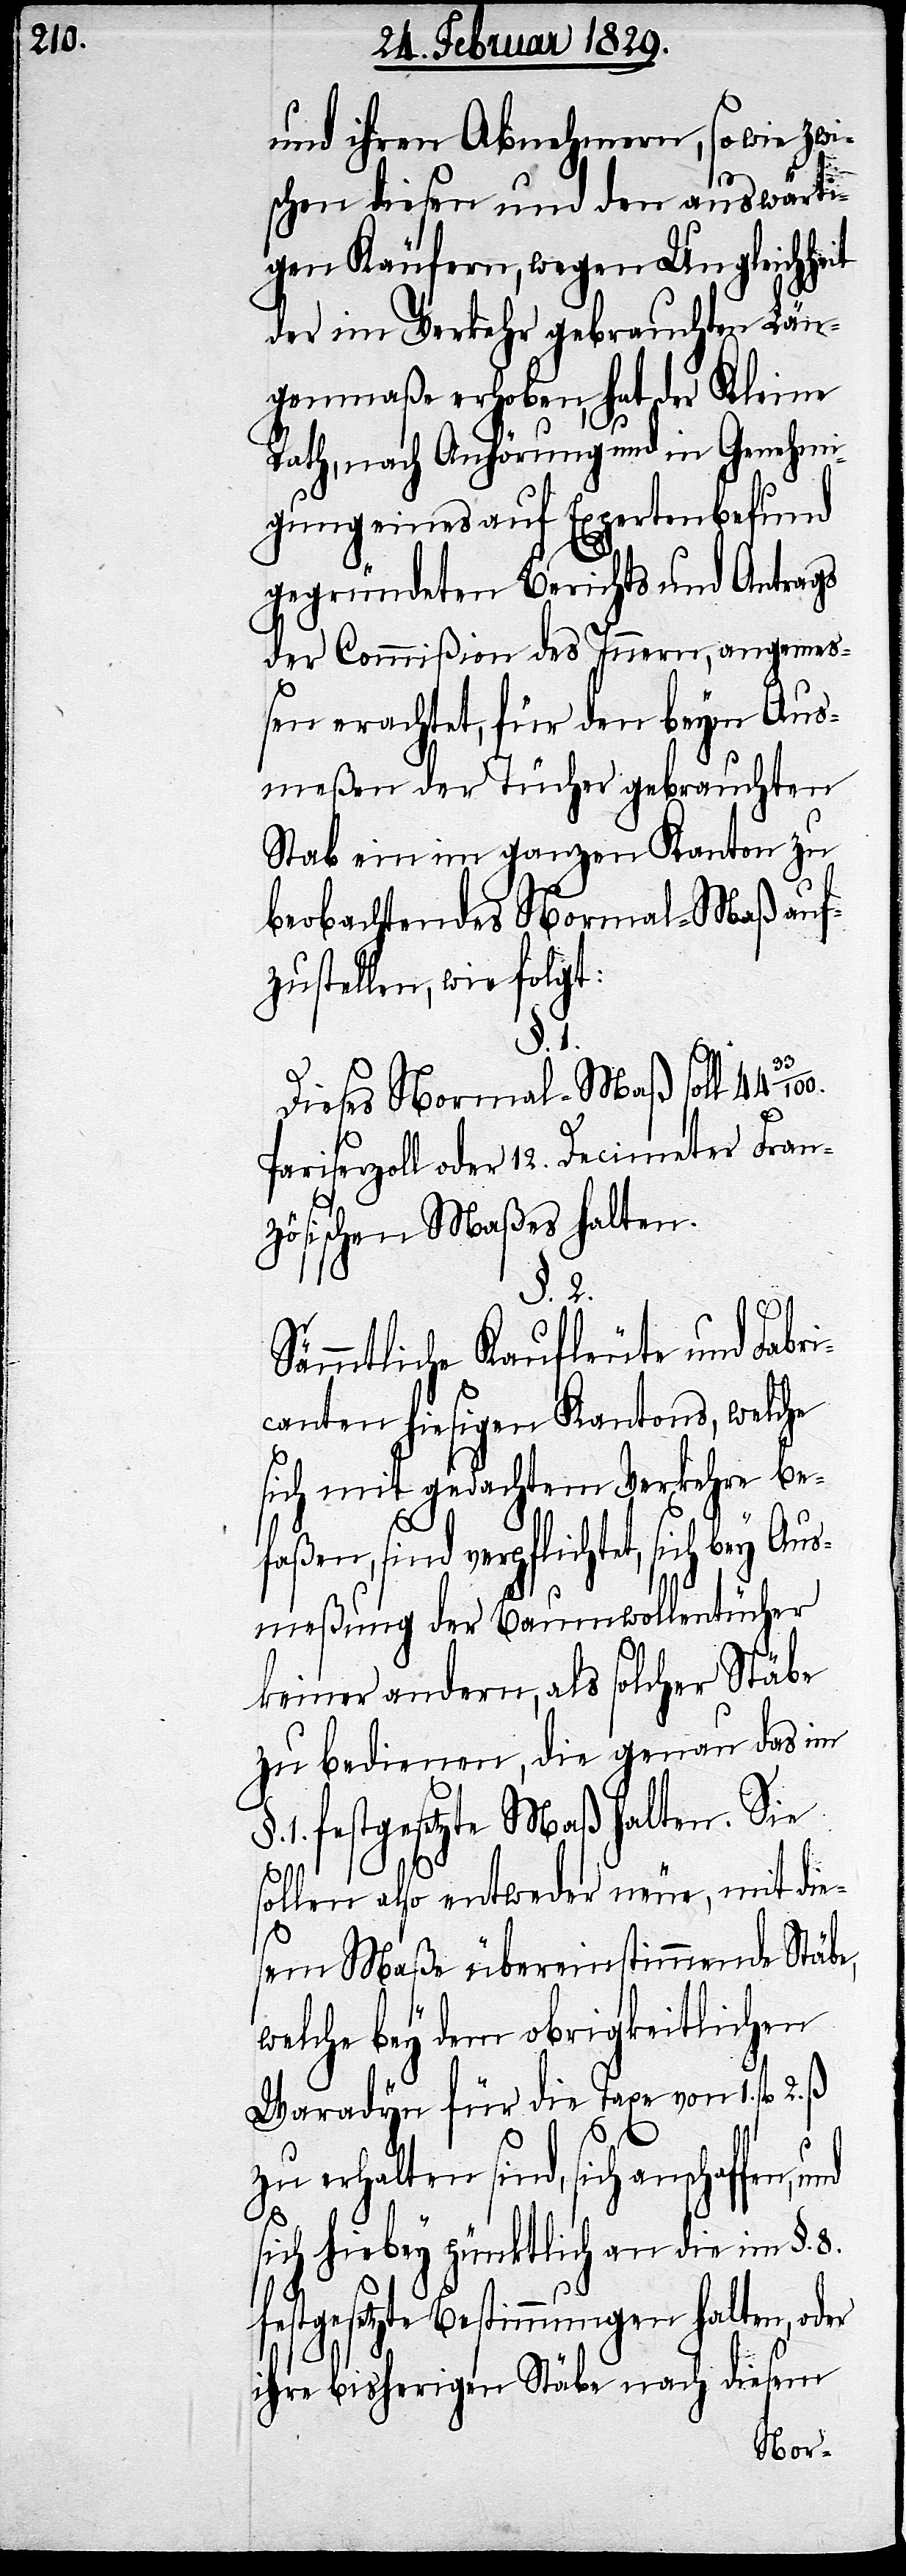
und ihren Abnehmern, sowie zwi¬
schen diesen und den auswärti¬
gen Käufern, wegen Ungleichheit
der im Verkehr gebrauchten Län¬
genmaße erhoben, hat der Kleine
Rath, nach Anhörung und in Genehmi¬
gung eines auf Expertenbefund
gegründeten Berichts und Antrags
der Commißion des Innern, angemeß¬
en erachtet, für den beym Aus¬
meßen der Tücher gebrauchten
Stab ein im ganzen Kanton zu
beobachtendes Normal-Maß auf¬
zustellen, wie folgt:
§. 1.
Dieses Normal-Maß soll
Pariserzoll oder 12. Decimeter Fran¬
zösischen Maßes halten.
§. 2.
Sämmtliche Kaufleute und Fabr¬
icanten hiesigen Kantons, welche
sich mit gedachtem Verkehre be¬
faßen, sind verpflichtet, sich bey Aus¬
meßung der Baumwollentücher
keiner andern, als solcher Stäbe
zu bedienen, die genau das im
1. festgesetzte Maß halten. Sie
sollen also entweder neue, mit die¬
sem Maße übereinstimmende Stäbe,
welche bey dem obrigkeitlichen
Waradyn für die Taxe von 1. fl.
zu erhalten sind, sich
sich hiebey pünktlich an die im §. 8.
festgesetzte Bestimmungen halten, oder
ihre bisherigen Stäbe nach diesem